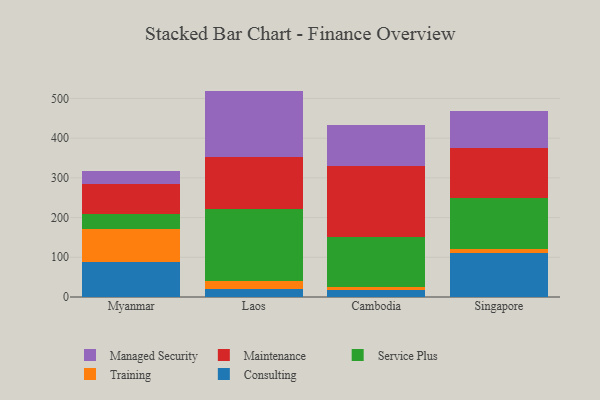
{"axis": {"x": "Country", "y": "Bounce Rate (%)"}, "legend": ["Consulting", "Maintenance", "Managed Security", "Service Plus", "Training"], "data": [{"x": "Myanmar", "y": 87.9, "type": "Consulting"}, {"x": "Myanmar", "y": 84.2, "type": "Training"}, {"x": "Myanmar", "y": 36.3, "type": "Service Plus"}, {"x": "Myanmar", "y": 76.3, "type": "Maintenance"}, {"x": "Myanmar", "y": 33.8, "type": "Managed Security"}, {"x": "Laos", "y": 21.1, "type": "Consulting"}, {"x": "Laos", "y": 20.0, "type": "Training"}, {"x": "Laos", "y": 179.8, "type": "Service Plus"}, {"x": "Laos", "y": 130.8, "type": "Maintenance"}, {"x": "Laos", "y": 167.4, "type": "Managed Security"}, {"x": "Cambodia", "y": 18.2, "type": "Consulting"}, {"x": "Cambodia", "y": 7.0, "type": "Training"}, {"x": "Cambodia", "y": 124.9, "type": "Service Plus"}, {"x": "Cambodia", "y": 178.9, "type": "Maintenance"}, {"x": "Cambodia", "y": 104.4, "type": "Managed Security"}, {"x": "Singapore", "y": 109.9, "type": "Consulting"}, {"x": "Singapore", "y": 10.7, "type": "Training"}, {"x": "Singapore", "y": 128.9, "type": "Service Plus"}, {"x": "Singapore", "y": 126.0, "type": "Maintenance"}, {"x": "Singapore", "y": 91.8, "type": "Managed Security"}]}